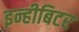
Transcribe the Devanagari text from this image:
इन्हीबिटर